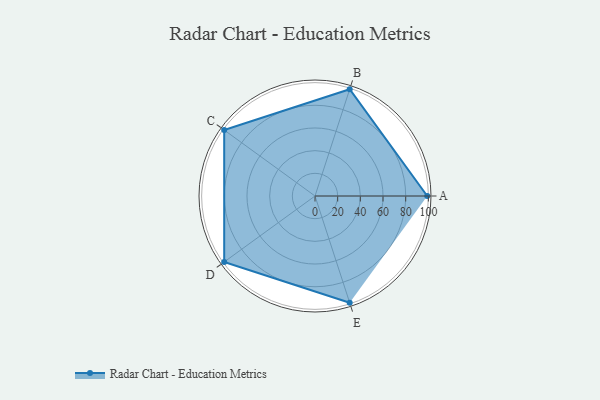
{"axis": {"x": "Skill", "y": "Score"}, "legend": ["Profile"], "data": [{"x": "A", "y": 99, "type": "Profile"}, {"x": "B", "y": 99, "type": "Profile"}, {"x": "C", "y": 99, "type": "Profile"}, {"x": "D", "y": 99, "type": "Profile"}, {"x": "E", "y": 99, "type": "Profile"}]}